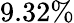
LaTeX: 9.32\%